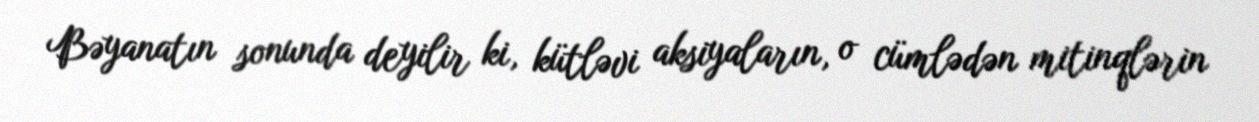
Bəyanatın sonunda deyilir ki, kütləvi aksiyaların, o cümlədən mitinqlərin